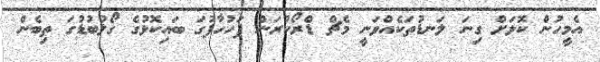
އެމީހުން ކޮޅަށް ގިނަ ލަނޑުތަކެއްވަނީ މެޗް ޑްރޯކުރަން ފަހުހާފުގަ ބައިކޮޅުގެ ގޯލުބުޑުގަ ތިބެން